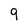
Character: 9